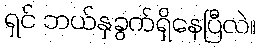
ရှင် ဘယ်နှခွက်ရှိနေပြီလဲ။